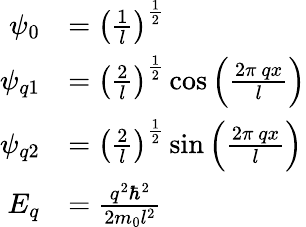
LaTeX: {\begin{array}{rl}{\psi_{0}}&{=\left({\frac{1}{l}}\right)^{\frac{1}{2}}}\\ {\psi_{q1}}&{=\left({\frac{2}{l}}\right)^{\frac{1}{2}}\cos{\left({\frac{2\pi\ qx}{l}}\right)}}\\ {\psi_{q2}}&{=\left({\frac{2}{l}}\right)^{\frac{1}{2}}\sin{\left({\frac{2\pi\ qx}{l}}\right)}}\\ {E_{q}}&{={\frac{q^{2}\hbar^{2}}{2m_{0}l^{2}}}}\end{array}}